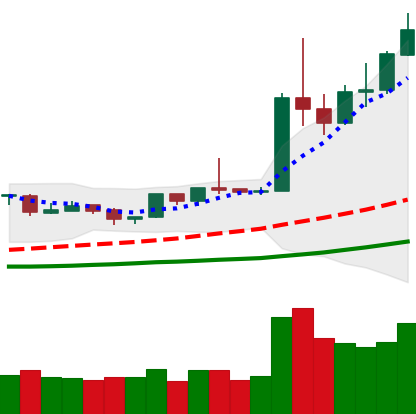
Ticker: ETH-USD
Chart end date: 2019-04-08
Forward return: -8.735%
Label: down_7plus